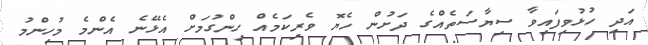
އަދި ހުޅުވިފައިވާ ސިޔާސަތެއްގެ ދަށުން ހެޔޮ ވެރިކަމެއް ހިންގުމަށް އެޅޭނެ އެންމެ މުހިންމު